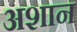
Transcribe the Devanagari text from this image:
अशान